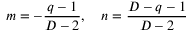
m = - \frac { q - 1 } { D - 2 } , \quad n = \frac { D - q - 1 } { D - 2 }